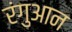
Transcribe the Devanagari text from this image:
रंगुआन